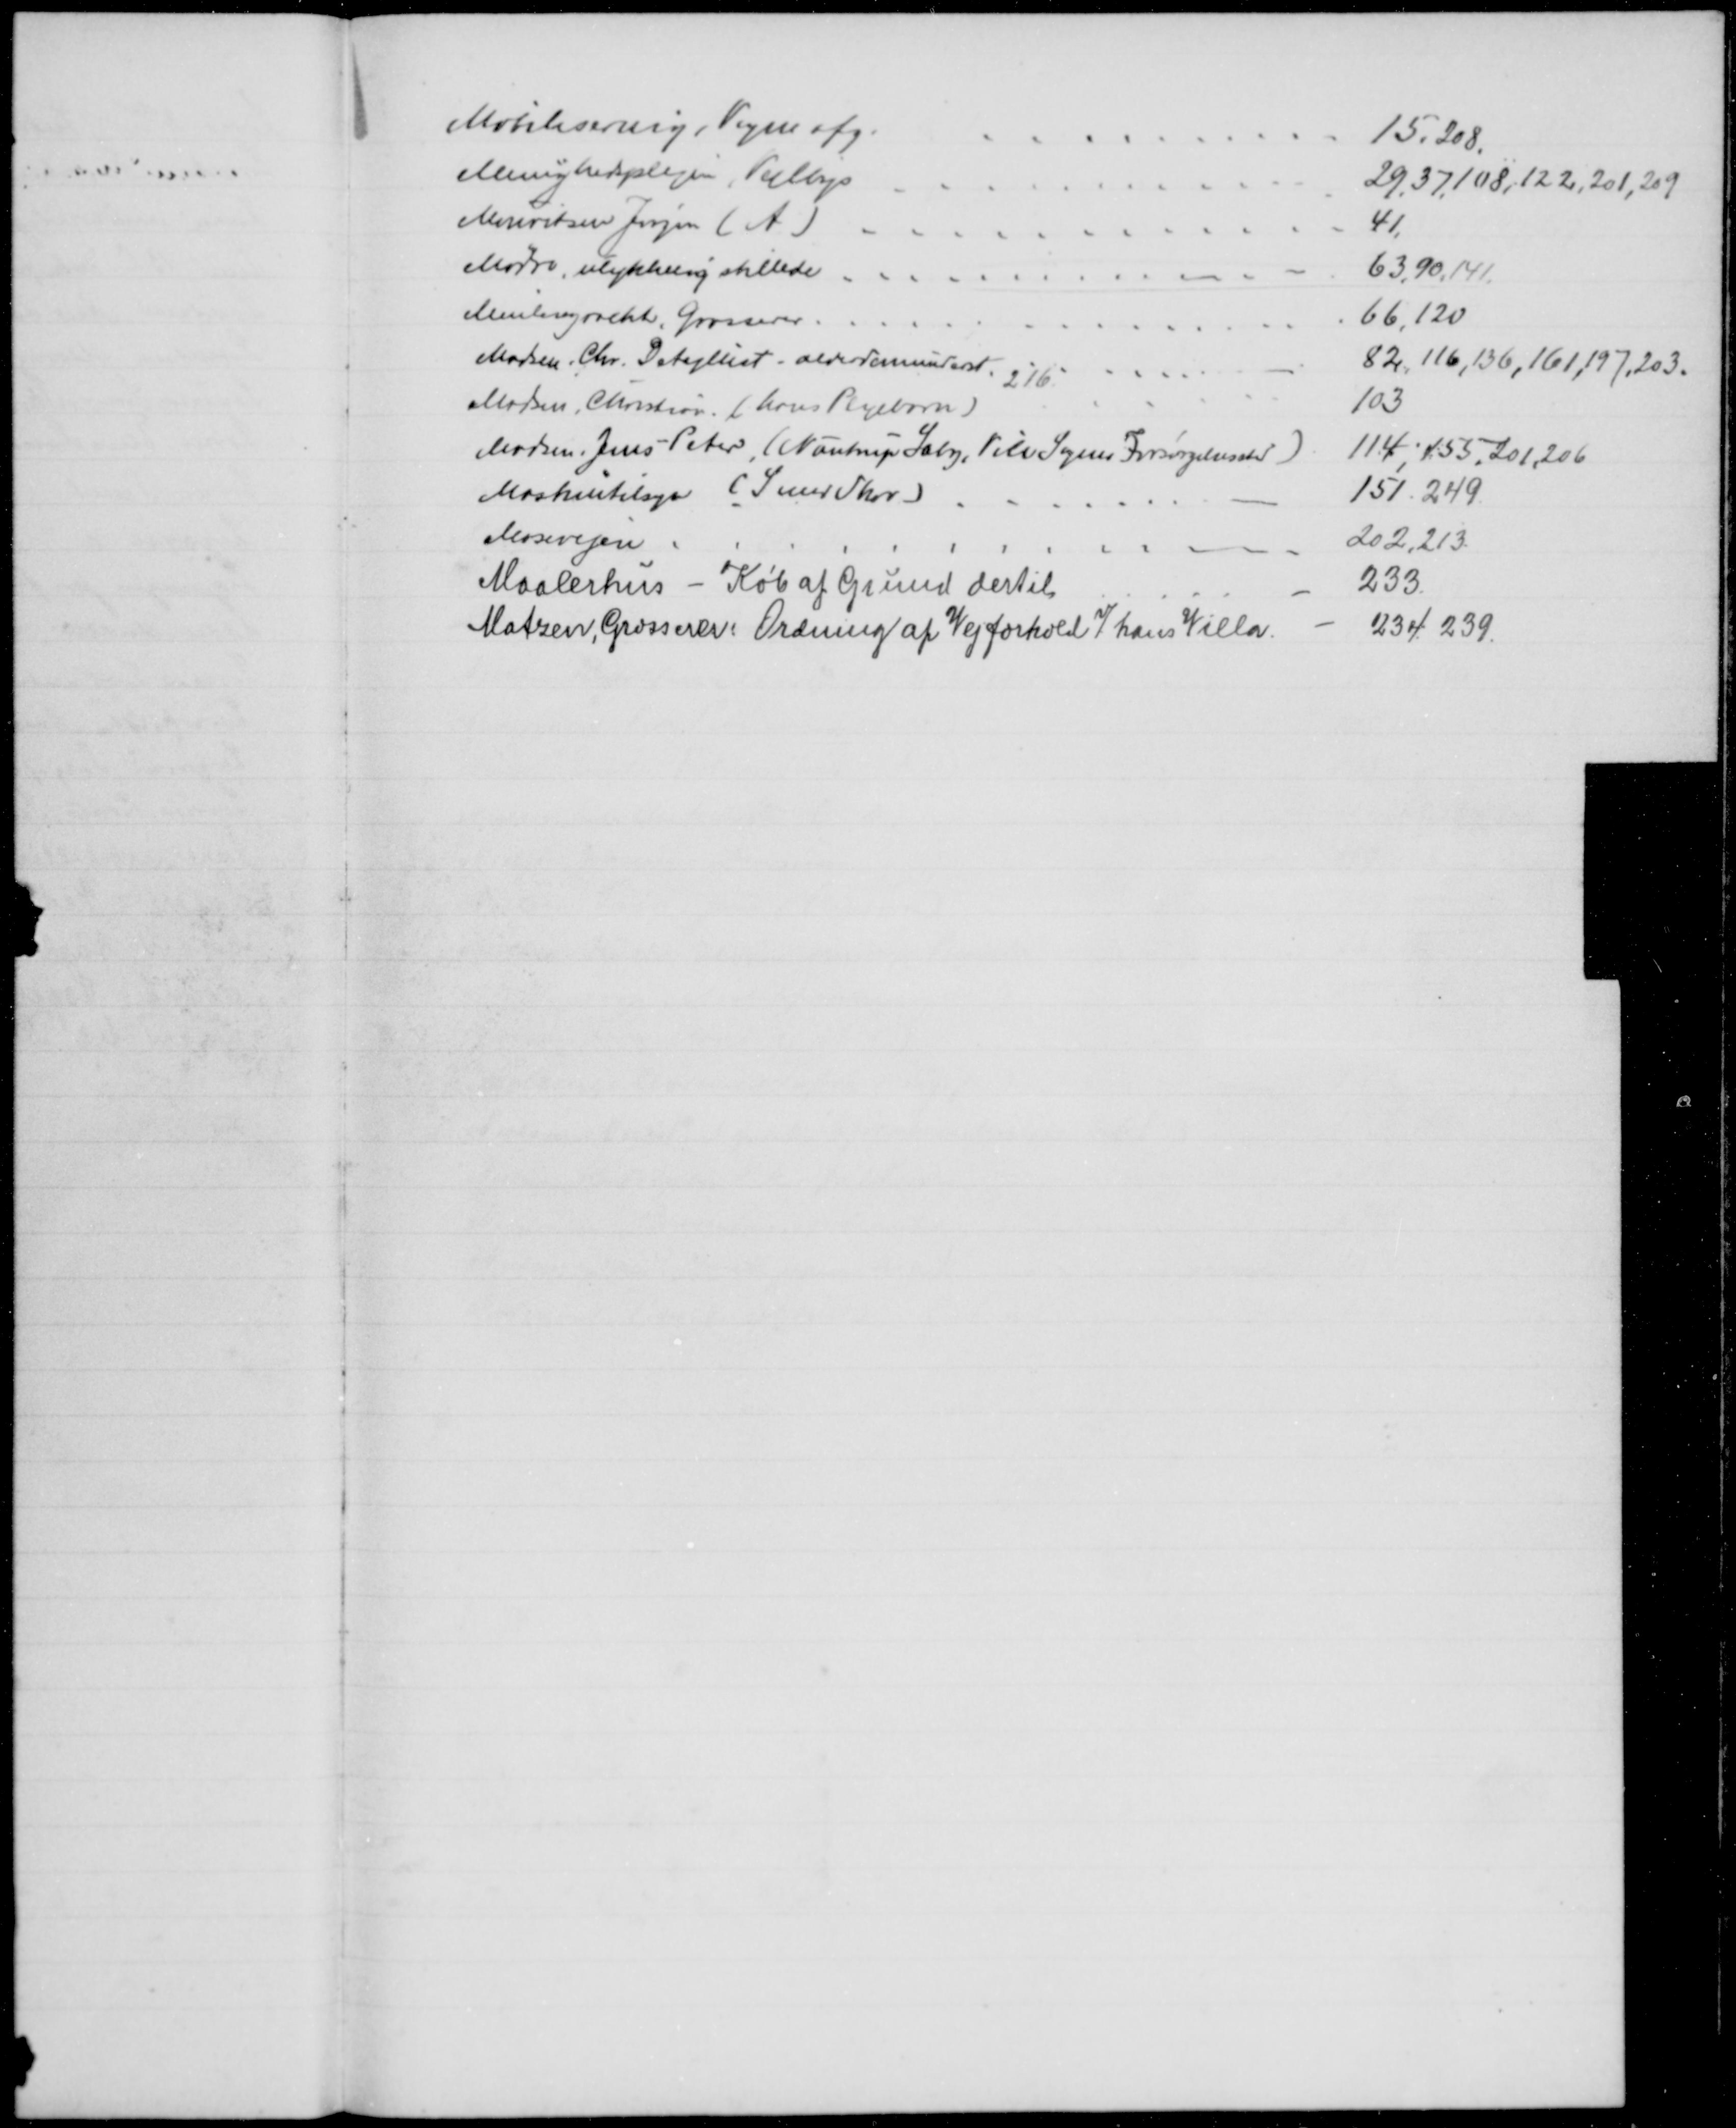
Transskription:
Mobilisering, Vogne afg.
15,208,
Menighedsplejen, Vejlbys
29,37,108,122,201,209
Mouritsen Jørgen (A)
41
Mødre, ulykkelig stillede
63,90,141.
Meulengracht, Grosserer.
66,120
Madsen, Chr. Detajllist. alderdomsunderst. 
82,116,136,161,197,203.
216
Madsen, Christian (hans Plejebarn)
103
Madsen, Jens Peter (Nautrup Sæby, Vile Sogns Forsørgelsessted)
114,155, 201,206
Maskintilsyn (Smed Skov)
151.249
Mosevejen
202,213.
Maalerhus - Køb af Grund dertil
233.
Matzen, Grosserer: Ordning af Vejforhold v/ hans Villa.
234. 239.